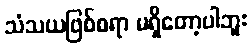
သံသယဖြစ်စရာ မရှိတော့ပါဘူး